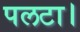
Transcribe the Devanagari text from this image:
पलटा।